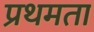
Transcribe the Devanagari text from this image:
प्रथमता